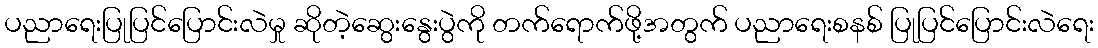
ပညာရေးပြုပြင်ပြောင်းလဲမှု ဆိုတဲ့ဆွေးနွေးပွဲကို တက်ရောက်ဖို့အတွက် ပညာရေးစနစ် ပြုပြင်ပြောင်းလဲရေး